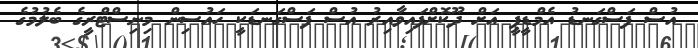
އުސް ފަސްގަނޑު އެމްޑީޕީ އަށް ދޫކޮށްފައިވާއިރު އުސް ފަސްގަނޑަކީ ހައުސިން މިނިސްޓްރީގެ ބެލުމުގެ